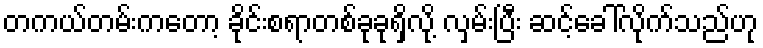
တကယ်တမ်းကတော့ ခိုင်းစရာတစ်ခုခုရှိလို့ လှမ်းပြီး ဆင့်ခေါ်လိုက်သည်ဟု